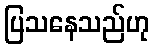
ပြသနေသည်ဟု